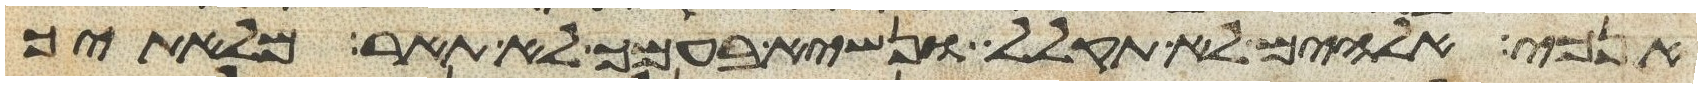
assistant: אנכי אלהים לא תקלל ונשיא בעמך לא תאר מליתך